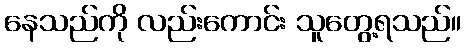
နေသည်ကို လည်းကောင်း သူတွေ့ရသည်။